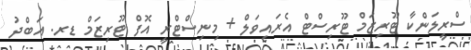
ސްރީލަންކާ ޓޫރިޒަމް ޓޫރިސްޓް އެރައިވަލް + މިނިސްޓްރީ އޮފް ޓޫރިޒަމް ޑރ. އަބްދު